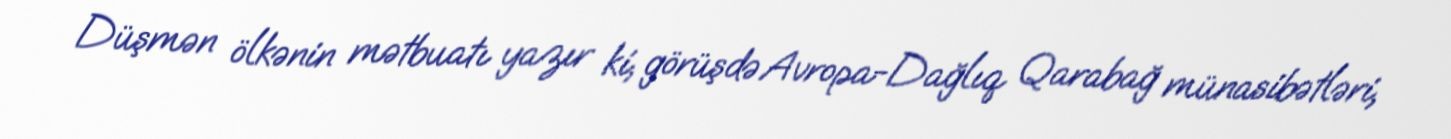
Düşmən ölkənin mətbuatı yazır ki, görüşdə Avropa-Dağlıq Qarabağ münasibətləri,